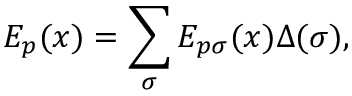
E _ { p } ( x ) = \sum _ { \sigma } E _ { p \sigma } ( x ) \Delta ( \sigma ) ,